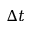
\Delta t